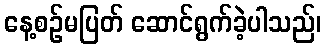
နေ့စဉ်မပြတ် ဆောင်ရွက်ခဲ့ပါသည်၊